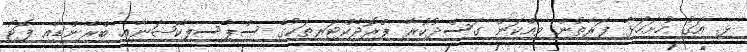
ޅ. އަގު ހުށަހަޅާ ފަރާތުން ވިއްކަން ގަސްދުކުރާ ޕްރޮޖެކްޓަރތަކުގެ ސްޕެސިފިކޭޝަނާއި ބްރޭންޑާއި ފޮޓޯ